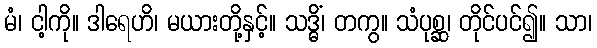
မံ၊ ငါ့ကို။ ဒါရေဟိ၊ မယားတို့နှင့်။ သဒ္ဓိံ၊ တကွ။ သံပုစ္ဆ၊ တိုင်ပင်၍။ သာ၊